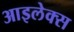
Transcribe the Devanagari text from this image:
आइलेक्स